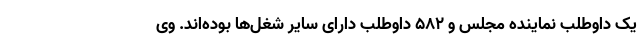
یک داوطلب نماینده مجلس و ۵۸۲ داوطلب دارای سایر شغل‌ها بوده‌اند. وی